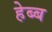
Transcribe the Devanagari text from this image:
हेब्ब